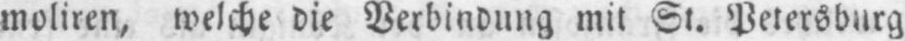
moliren, welche die Verbindung mit St. Petersburg